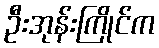
ဦးအုန်းကြိုင်က